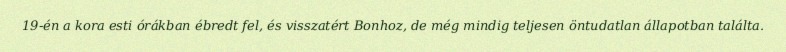
19-én a kora esti órákban ébredt fel, és visszatért Bonhoz, de még mindig teljesen öntudatlan állapotban találta.